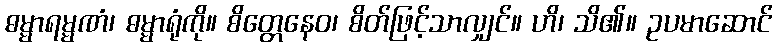
ဓမ္မာရမ္မဏံ၊ ဓမ္မာရုံကို။ စိတ္တေနေဝ၊ စိတ်ဖြင့်သာလျှင်။ ဟိ၊ သိ၏။ ဥပမာဆောင်